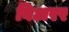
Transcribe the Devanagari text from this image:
बिअरर